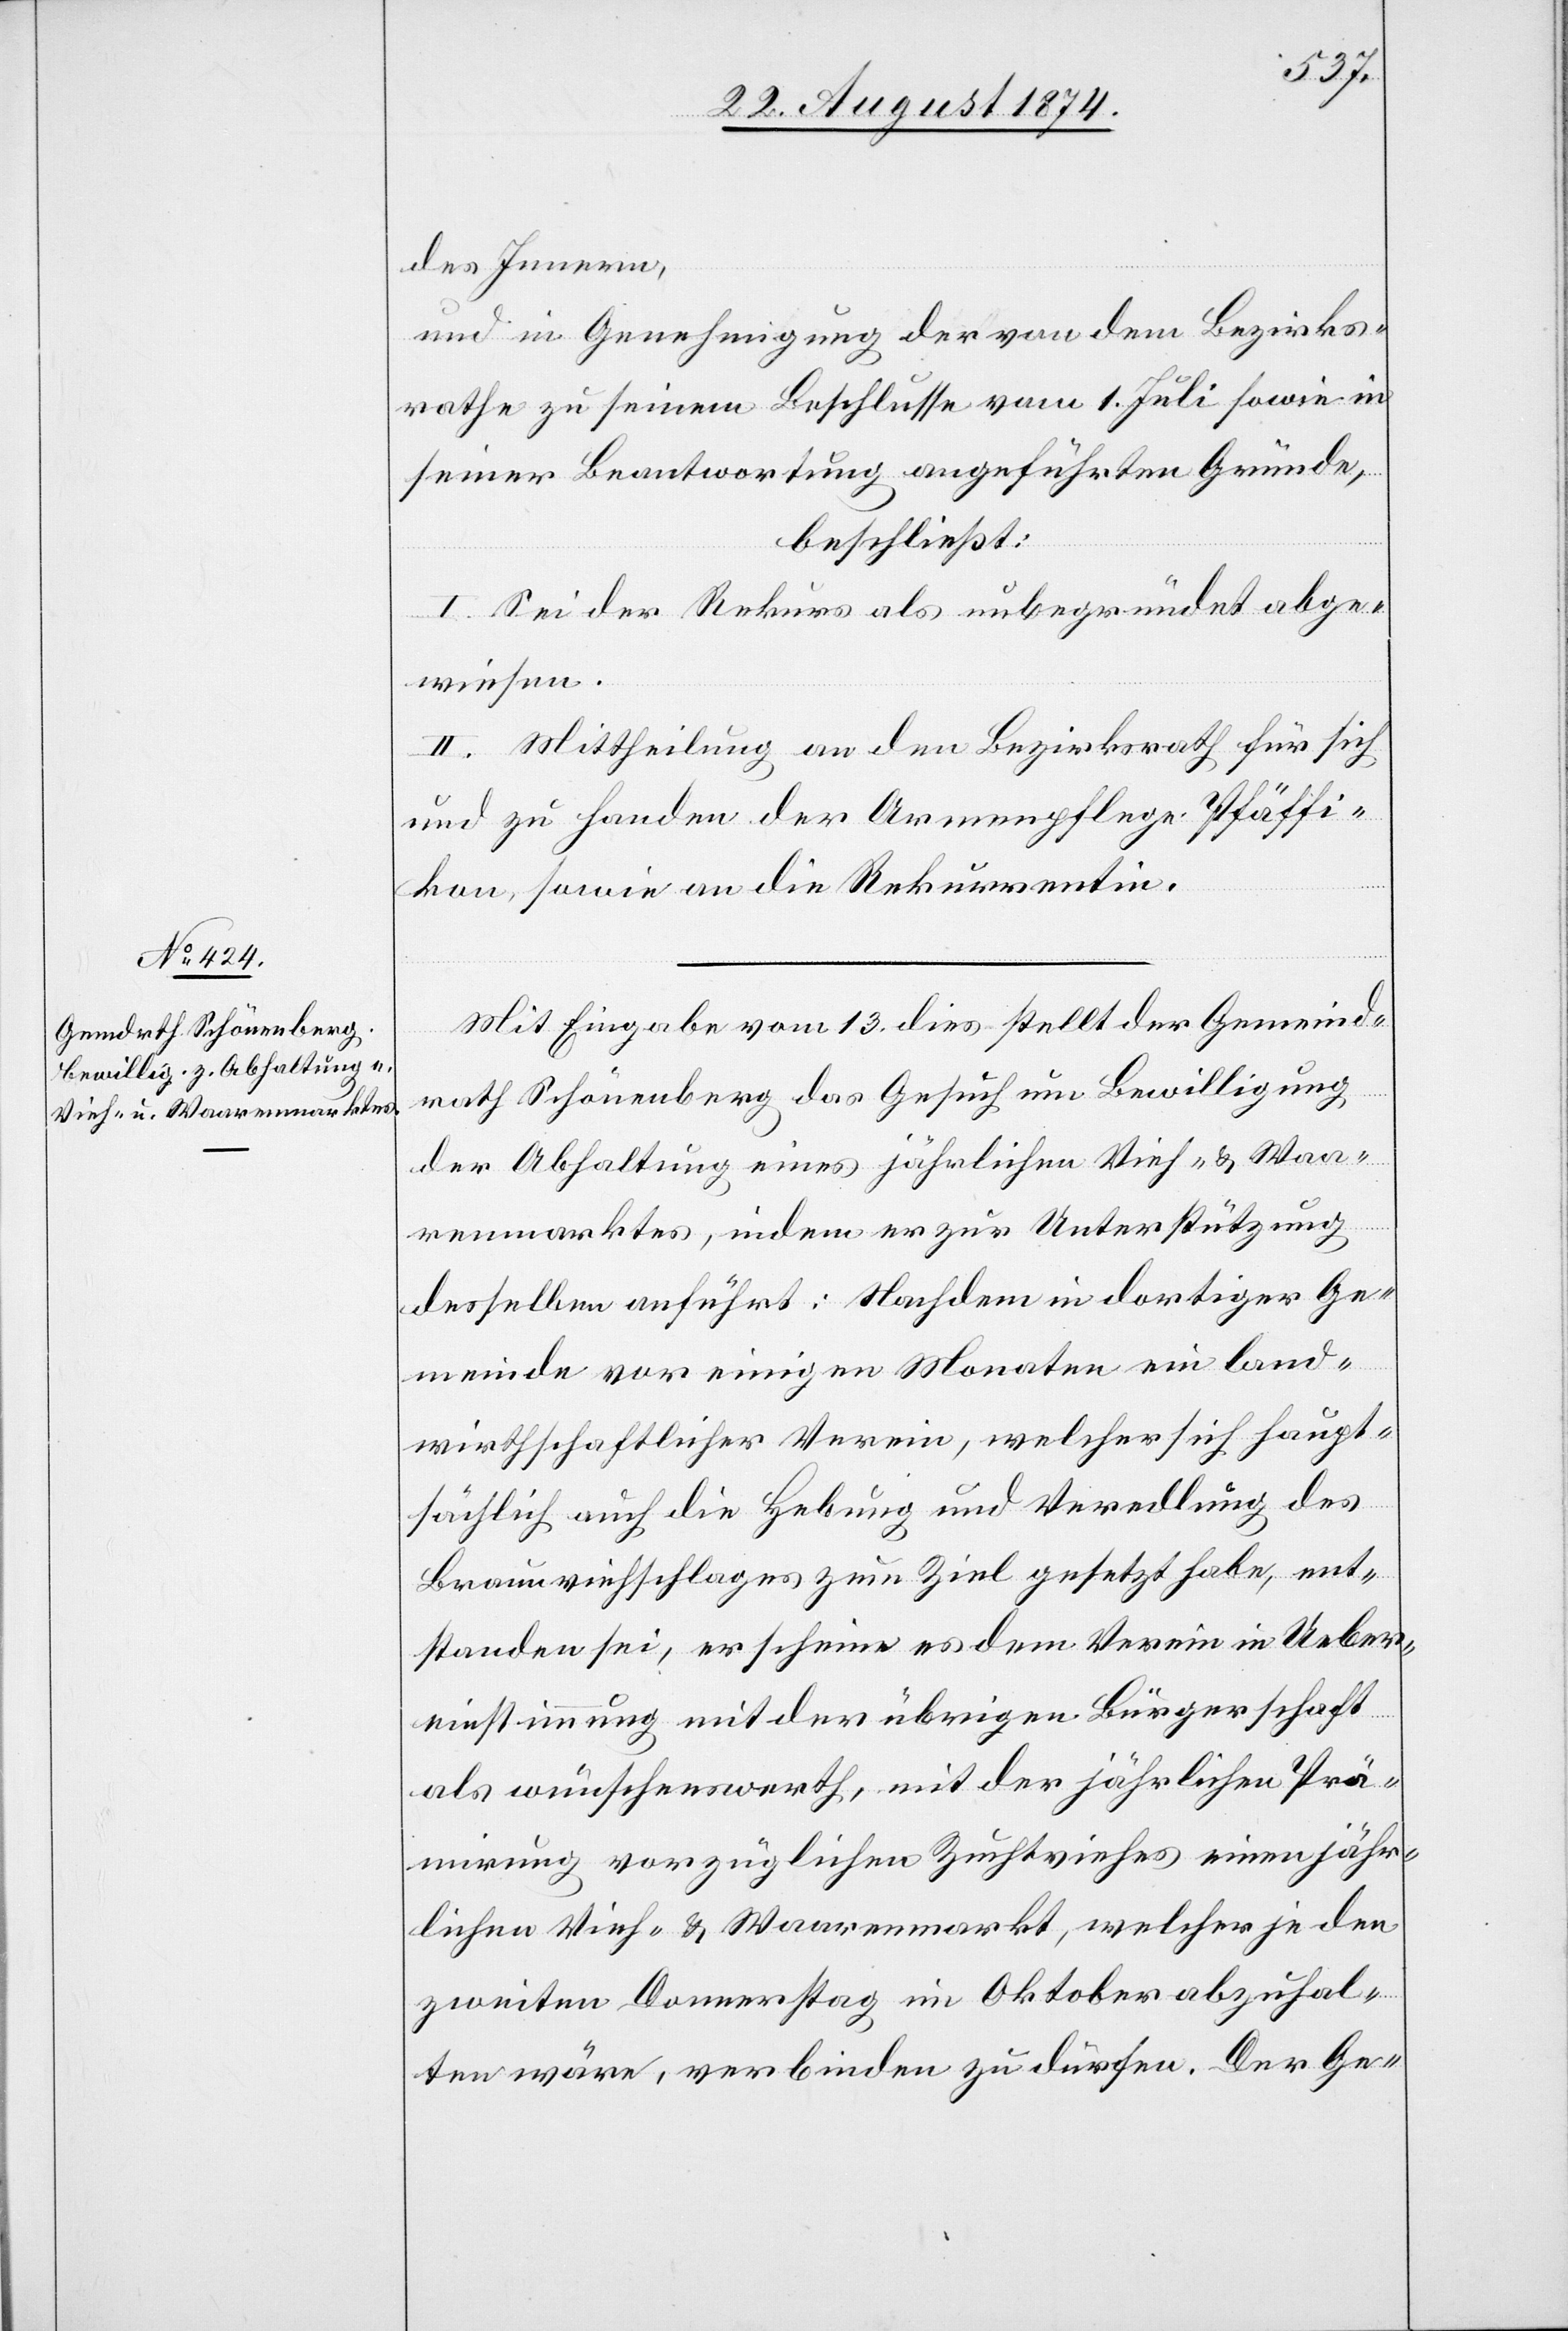
des Innern,
und in Genehmigung der von dem Bezirks¬
rathe zu seinem Beschlusse vom 1. Juli sowie in
seiner Beantwortung angeführten Gründe,
beschließt:
I. Sei der Rekurs als unbegründet abge¬
wiesen.
II. Mittheilung an den Bezirksrath für sich
und zu Handen der Armenpflege Pfäffi¬
kon, sowie an die Rekurrentin.
Mit Eingabe vom 13. dies stellt der Gemeind¬
rath Schönenberg das Gesuch um Bewilligung
der Abhaltung eines jährlichen Vieh- u. Waa¬
renmarktes, indem er zur Unterstützung
desselben anführt: Nachdem in dortiger Ge¬
meinde vor einigen Monaten ein land¬
wirthschaftlicher Verein, welcher sich haupt¬
sächlich auch die Hebung und Veredlung des
Braunviehschlages zum Ziel gesetzt habe, ent¬
standen sei, erscheine es dem Verein in Ueber¬
einstimmung mit der übrigen Bürgerschaft
als wünschenswerth, mit der jährlichen Prä¬
mirung vorzüglichen Zuchtviehes einen jähr¬
lichen Vieh- u. Waarenmarkt, welcher je den
zweiten Donnerstag im Oktober abzuhal¬
ten wäre, verbinden zu dürfen. Der Ge-